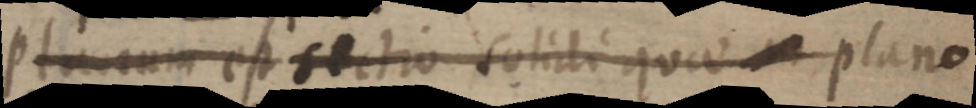
Planum est sectio solidi quae plano